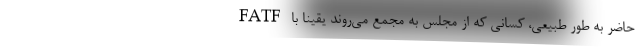
حاضر به طور طبیعی، کسانی که از مجلس به مجمع می‌روند یقینا با FATF